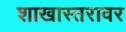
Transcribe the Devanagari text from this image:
शाखास्तरावर